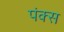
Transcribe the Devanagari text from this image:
पंक्स